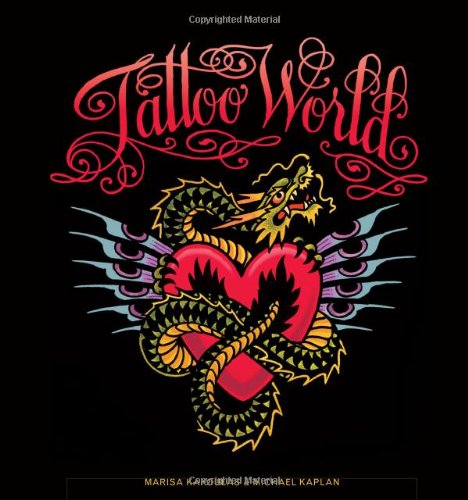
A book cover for Tattoo World; Michael B. Kaplan; Arts & Photography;